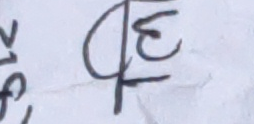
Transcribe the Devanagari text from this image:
फ३